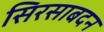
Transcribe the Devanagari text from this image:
सिरसाबदन